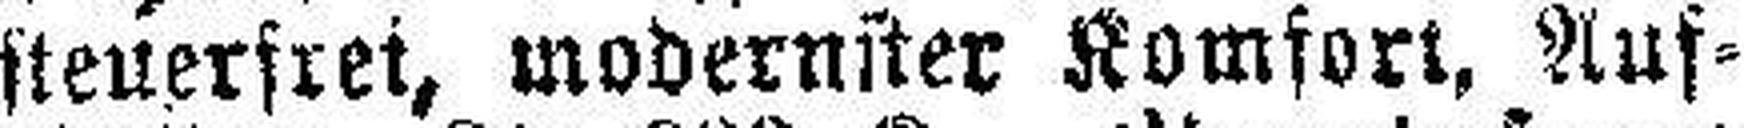
steuerfrei, modernster Komfort, Aus¬